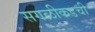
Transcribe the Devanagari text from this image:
सगळीकडची